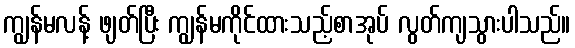
ကျွန်မလန့် ဖျတ်ပြီး ကျွန်မကိုင်ထားသည့်စာအုပ် လွတ်ကျသွားပါသည်။